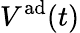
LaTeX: V^{\mathrm{ad}}(t)